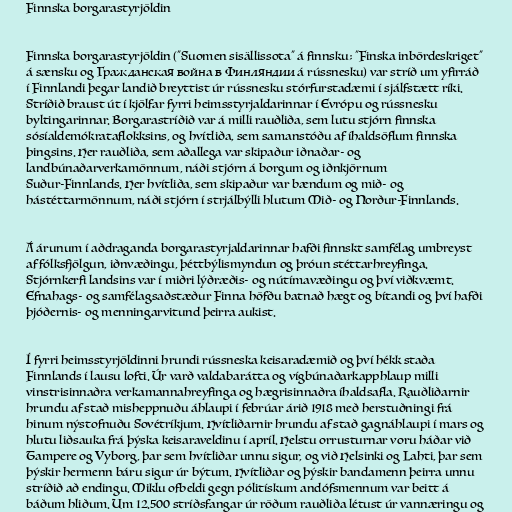
Finnska borgarastyrjöldin

Finnska borgarastyrjöldin ("Suomen sisällissota" á finnsku; "Finska inbördeskriget"
á sænsku og Гражданская война в Финляндии á rússnesku) var stríð um yfirráð
í Finnlandi þegar landið breyttist úr rússnesku stórfurstadæmi í sjálfstætt ríki.
Stríðið braust út í kjölfar fyrri heimsstyrjaldarinnar í Evrópu og rússnesku
byltingarinnar. Borgarastríðið var á milli rauðliða, sem lutu stjórn finnska
sósíaldemókrataflokksins, og hvítliða, sem samanstóðu af íhaldsöflum finnska
þingsins. Her rauðliða, sem aðallega var skipaður iðnaðar- og
landbúnaðarverkamönnum, náði stjórn á borgum og iðnkjörnum
Suður-Finnlands. Her hvítliða, sem skipaður var bændum og mið- og
hástéttarmönnum, náði stjórn í strjálbýlli hlutum Mið- og Norður-Finnlands.

Á árunum í aðdraganda borgarastyrjaldarinnar hafði finnskt samfélag umbreyst
af fólksfjölgun, iðnvæðingu, þéttbýlismyndun og þróun stéttarhreyfinga.
Stjórnkerfi landsins var í miðri lýðræðis- og nútímavæðingu og því viðkvæmt.
Efnahags- og samfélagsaðstæður Finna höfðu batnað hægt og bítandi og því hafði
þjóðernis- og menningarvitund þeirra aukist.

Í fyrri heimsstyrjöldinni hrundi rússneska keisaradæmið og því hékk staða
Finnlands í lausu lofti. Úr varð valdabarátta og vígbúnaðarkapphlaup milli
vinstrisinnaðra verkamannahreyfinga og hægrisinnaðra íhaldsafla. Rauðliðarnir
hrundu af stað misheppnuðu áhlaupi í febrúar árið 1918 með herstuðningi frá
hinum nýstofnuðu Sovétríkjum. Hvítliðarnir hrundu af stað gagnáhlaupi í mars og
hlutu liðsauka frá þýska keisaraveldinu í apríl. Helstu orrusturnar voru háðar við
Tampere og Vyborg, þar sem hvítliðar unnu sigur, og við Helsinki og Lahti, þar sem
þýskir hermenn báru sigur úr býtum. Hvítliðar og þýskir bandamenn þeirra unnu
stríðið að endingu. Miklu ofbeldi gegn pólitískum andófsmennum var beitt á
báðum hliðum. Um 12.500 stríðsfangar úr röðum rauðliða létust úr vannæringu og